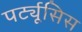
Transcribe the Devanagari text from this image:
पर्ट्यूसिस